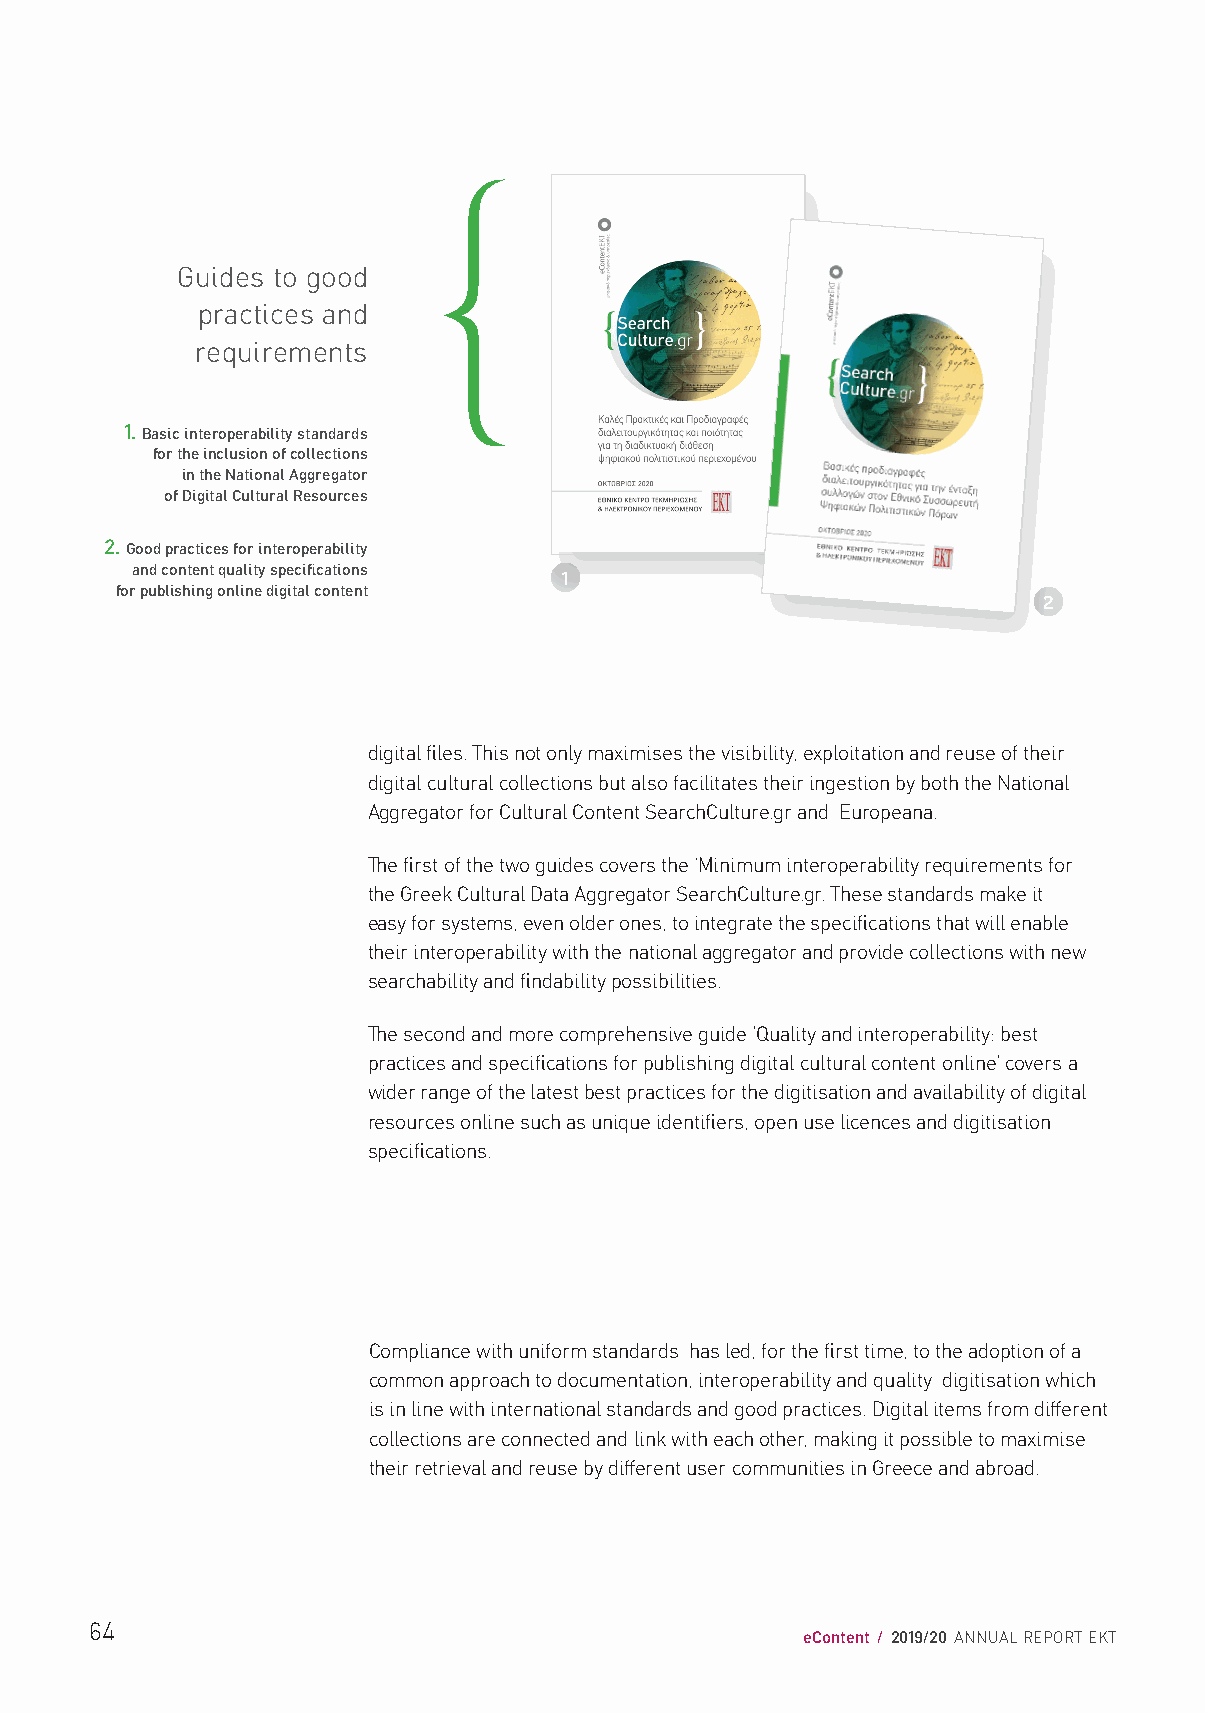
Guides to good
 practices and
 requirements
 1. Basic interoperability standards
 for the inclusion of collections
 in the National Aggregator
 of Digital Cultural Resources
 2. Good practices for interoperability
 and content quality specifications
 for publishing online digital content
 1
 2
 digital files. This not only maximises the visibility, exploitation and reuse of their
 digital cultural collections but also facilitates their ingestion by both the National
 Aggregator for Cultural Content SearchCulture.gr and Europeana.
 The first of the two guides covers the ‘Minimum interoperability requirements for
 the Greek Cultural Data Aggregator SearchCulture.gr. These standards make it
 easy for systems, even older ones, to integrate the specifications that will enable
 their interoperability with the national aggregator and provide collections with new
 searchability and findability possibilities.
 The second and more comprehensive guide ’Quality and interoperability: best
 practices and specifications for publishing digital cultural content online’ covers a
 wider range of the latest best practices for the digitisation and availability of digital
 resources online such as unique identifiers, open use licences and digitisation
 specifications.
 Compliance with uniform standards has led, for the first time, to the adoption of a
 common approach to documentation, interoperability and quality digitisation which
 is in line with international standards and good practices. Digital items from different
 collections are connected and link with each other, making it possible to maximise
 their retrieval and reuse by different user communities in Greece and abroad.
 64
 eContent / 2019/20 ANNUAL REPORT EKT